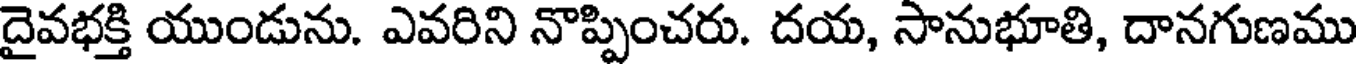
దైవభక్తి యుండును. ఎవరిని నొప్పించరు. దయ, సానుభూతి, దానగుణము